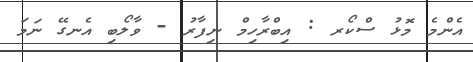
އެންމެ މޮޅު ސްކޯރ : އިބްރާހިމް ނިފާރު - ވާލޯބި އެނގޭ ނަމަ